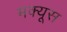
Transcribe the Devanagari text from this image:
मक्यूस